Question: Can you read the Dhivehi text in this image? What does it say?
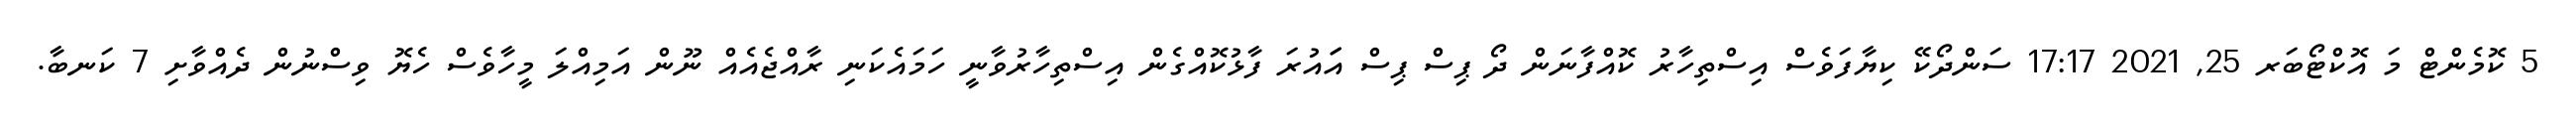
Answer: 5 ކޮމެންޓް މަ އޮކްޓޯބަރ 25, 2021 17:17 ސަންދޯކޭ ކިޔާފަވެސް އިސްތިހާރު ކޮއްފާނަން ދޯ ޕިސް ޕިސް އަައުރަ ފާޅުކޮއްގެން އިސްތިހާރުވާނީ ހަމައެކަނި ރާއްޖެއެއް ނޫން އަމިއްލަ މީހާވެސް ހެޔޮ ވިސްނުން ދެއްވާށި 7 ކަނބާ.